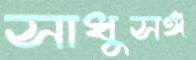
সাধুসঙ্গ